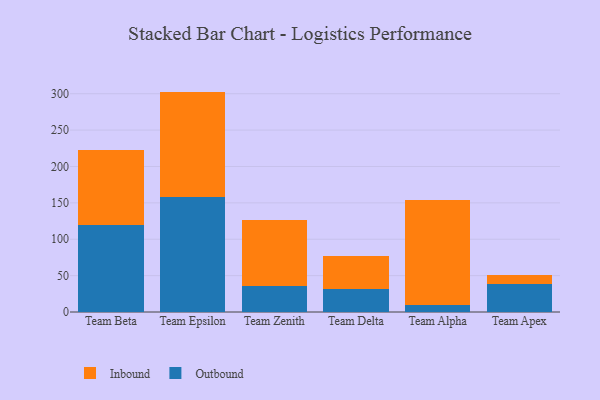
{"axis": {"x": "Team", "y": "Revenue (USD Million)"}, "legend": ["Inbound", "Outbound"], "data": [{"x": "Team Beta", "y": 119.1, "type": "Outbound"}, {"x": "Team Beta", "y": 103.0, "type": "Inbound"}, {"x": "Team Epsilon", "y": 157.9, "type": "Outbound"}, {"x": "Team Epsilon", "y": 145.0, "type": "Inbound"}, {"x": "Team Zenith", "y": 36.0, "type": "Outbound"}, {"x": "Team Zenith", "y": 90.8, "type": "Inbound"}, {"x": "Team Delta", "y": 32.0, "type": "Outbound"}, {"x": "Team Delta", "y": 45.1, "type": "Inbound"}, {"x": "Team Alpha", "y": 9.9, "type": "Outbound"}, {"x": "Team Alpha", "y": 143.6, "type": "Inbound"}, {"x": "Team Apex", "y": 38.0, "type": "Outbound"}, {"x": "Team Apex", "y": 12.6, "type": "Inbound"}]}